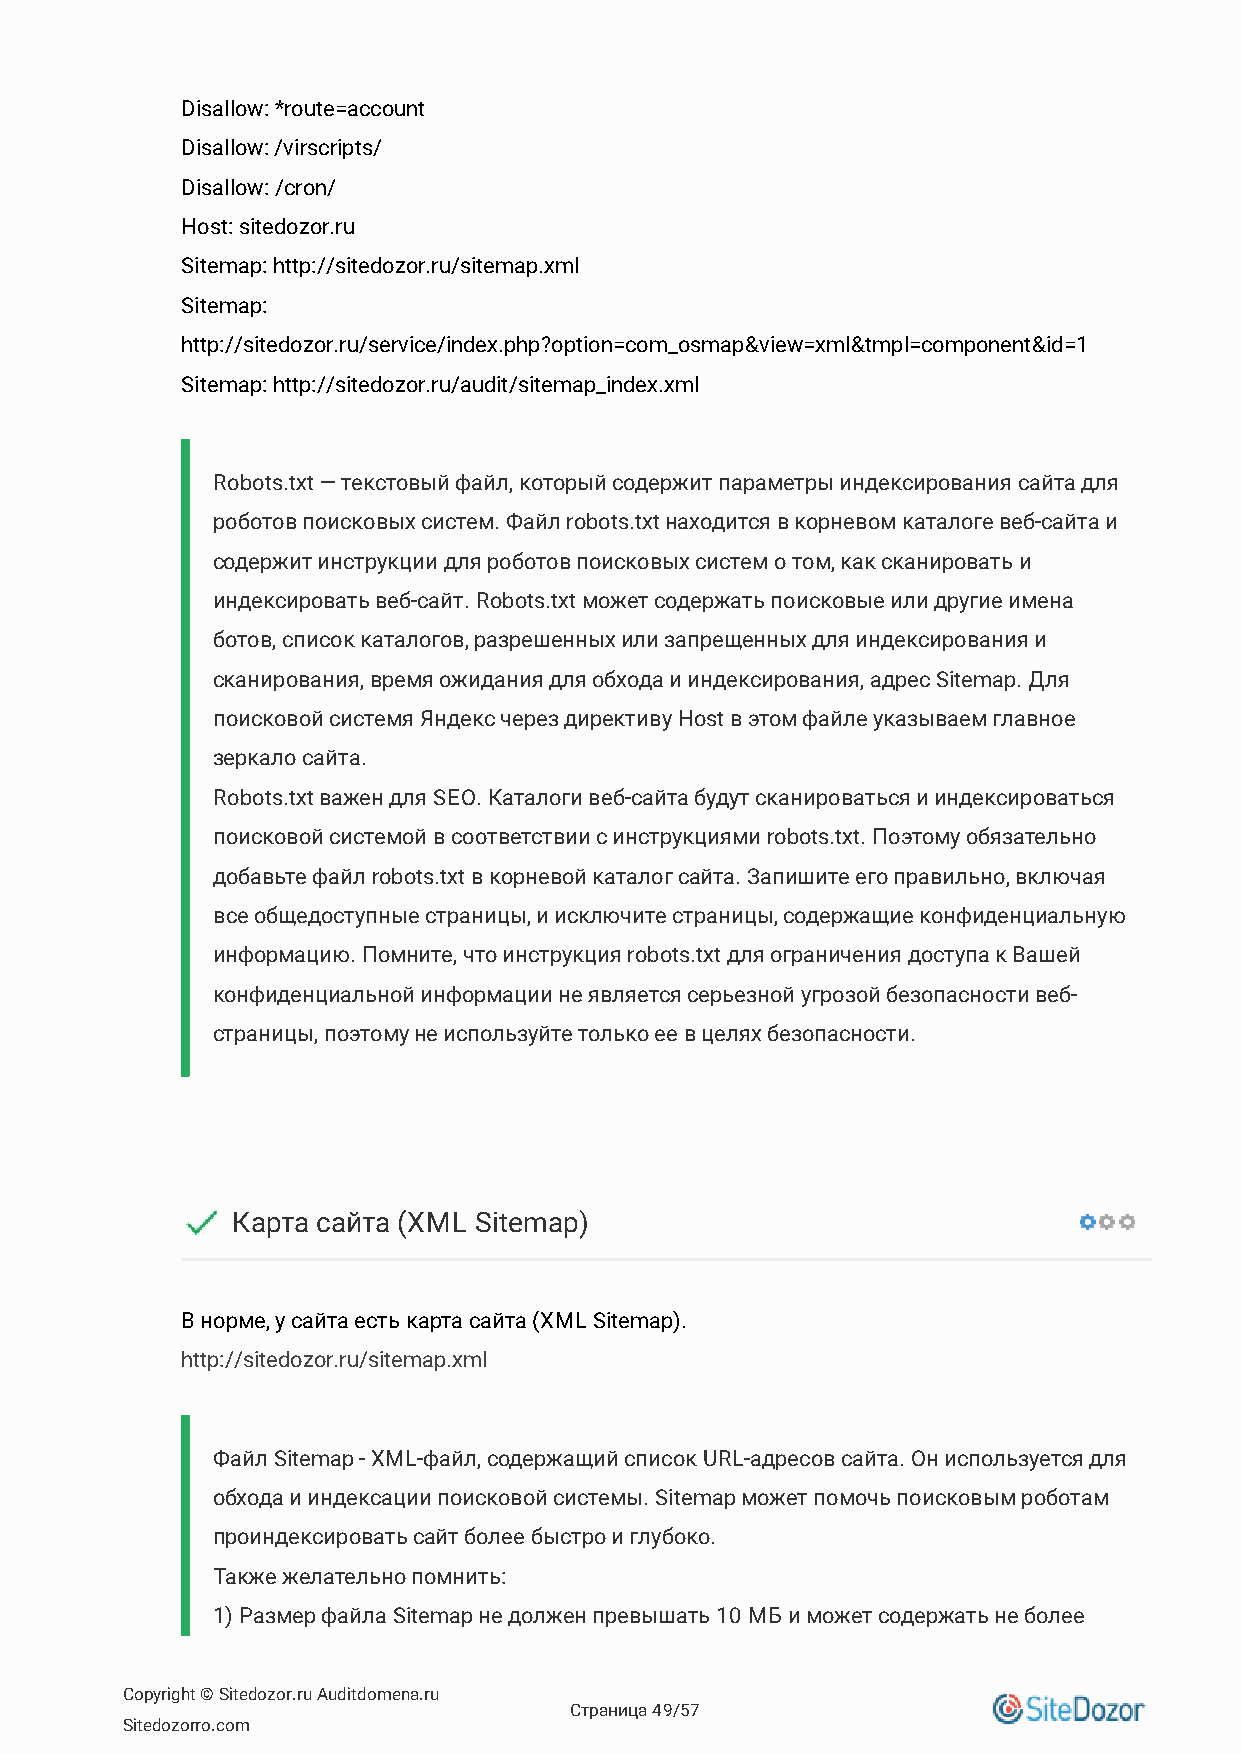
Disallow: *route=account
 Disallow: /virscripts/
 Disallow: /cron/
 Host: sitedozor.ru
 Sitemap: http://sitedozor.ru/sitemap.xml
 Sitemap:
 http://sitedozor.ru/service/index.php?option=com_osmap&view=xml&tmpl=component&id=1
 Sitemap: http://sitedozor.ru/audit/sitemap_index.xml
 Robots.txt — текстовый файл, который содержит параметры индексирования сайта для
 роботов поисковых систем. Файл robots.txt находится в корневом каталоге веб-сайта и
 содержит инструкции для роботов поисковых систем о том, как сканировать и
 индексировать веб-сайт. Robots.txt может содержать поисковые или другие имена
 ботов, список каталогов, разрешенных или запрещенных для индексирования и
 сканирования, время ожидания для обхода и индексирования, адрес Sitemap. Для
 поисковой системя Яндекс через директиву Host в этом файле указываем главное
 зеркало сайта.
 Robots.txt важен для SEO. Каталоги веб-сайта будут сканироваться и индексироваться
 поисковой системой в соответствии с инструкциями robots.txt. Поэтому обязательно
 добавьте файл robots.txt в корневой каталог сайта. Запишите его правильно, включая
 все общедоступные страницы, и исключите страницы, содержащие конфиденциальную
 информацию. Помните, что инструкция robots.txt для ограничения доступа к Вашей
 конфиденциальной информации не является серьезной угрозой безопасности веб-
 страницы, поэтому не используйте только ее в целях безопасности.
 Карта сайта (XML Sitemap)
 В норме, у сайта есть карта сайта (XML Sitemap).
 http://sitedozor.ru/sitemap.xml
 Файл Sitemap - XML-файл, содержащий список URL-адресов сайта. Он используется для
 обхода и индексации поисковой системы. Sitemap может помочь поисковым роботам
 проиндексировать сайт более быстро и глубоко.
 Также желательно помнить:
 1) Размер файла Sitemap не должен превышать 10 МБ и может содержать не более
 Copyright © Sitedozor.ru Auditdomena.ru
 Страница 49/57
 Sitedozorro.com